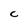
Character: C